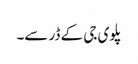
پلوی جی کے ڈر سے۔